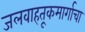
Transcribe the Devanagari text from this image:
जलवाहतूकमार्गाचा